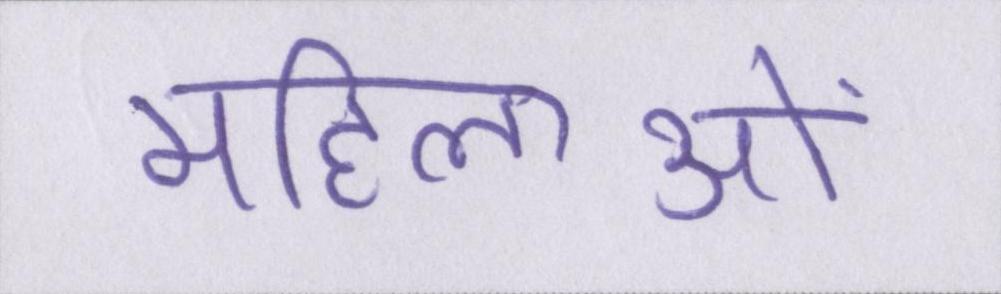
महिलाओं